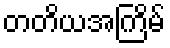
တတိယအကြိမ်